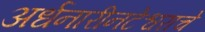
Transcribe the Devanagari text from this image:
अर्धनारीनटेश्वराचे